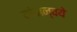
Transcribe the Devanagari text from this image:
यांअन्वये